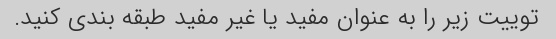
توییت زیر را به عنوان مفید یا غیر مفید طبقه بندی کنید.